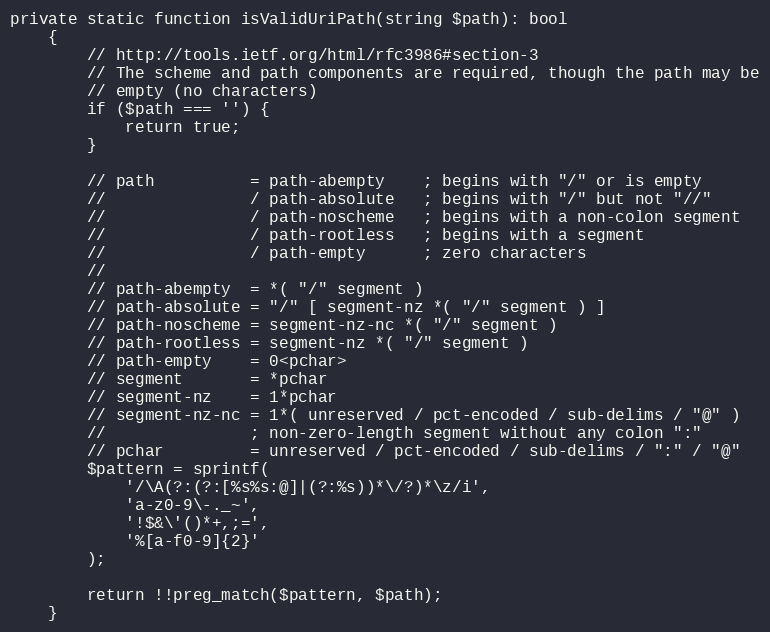
Language: PHP
private static function isValidUriPath(string $path): bool
    {
        // http://tools.ietf.org/html/rfc3986#section-3
        // The scheme and path components are required, though the path may be
        // empty (no characters)
        if ($path === '') {
            return true;
        }

        // path          = path-abempty    ; begins with "/" or is empty
        //               / path-absolute   ; begins with "/" but not "//"
        //               / path-noscheme   ; begins with a non-colon segment
        //               / path-rootless   ; begins with a segment
        //               / path-empty      ; zero characters
        //
        // path-abempty  = *( "/" segment )
        // path-absolute = "/" [ segment-nz *( "/" segment ) ]
        // path-noscheme = segment-nz-nc *( "/" segment )
        // path-rootless = segment-nz *( "/" segment )
        // path-empty    = 0<pchar>
        // segment       = *pchar
        // segment-nz    = 1*pchar
        // segment-nz-nc = 1*( unreserved / pct-encoded / sub-delims / "@" )
        //               ; non-zero-length segment without any colon ":"
        // pchar         = unreserved / pct-encoded / sub-delims / ":" / "@"
        $pattern = sprintf(
            '/\A(?:(?:[%s%s:@]|(?:%s))*\/?)*\z/i',
            'a-z0-9\-._~',
            '!$&\'()*+,;=',
            '%[a-f0-9]{2}'
        );

        return !!preg_match($pattern, $path);
    }